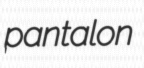
pantalon